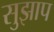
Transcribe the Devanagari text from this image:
सुझाप